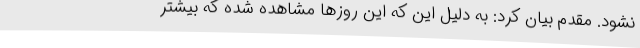
نشود. مقدم بیان کرد: به دلیل این که این روزها مشاهده شده که بیشتر